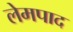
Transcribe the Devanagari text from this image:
लेमपाद